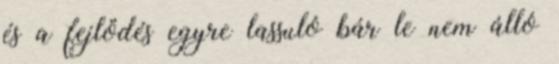
és a fejlődés egyre lassuló bár le nem álló